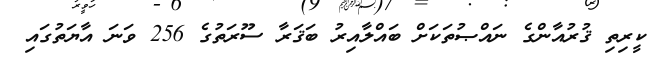
ކީރިތި ޤުރުއާންގެ ނައްޞުތަކަށް ބައްލާއިރު ބަޤަރާ ސޫރަތުގެ 256 ވަނަ އާޔަތުގައި